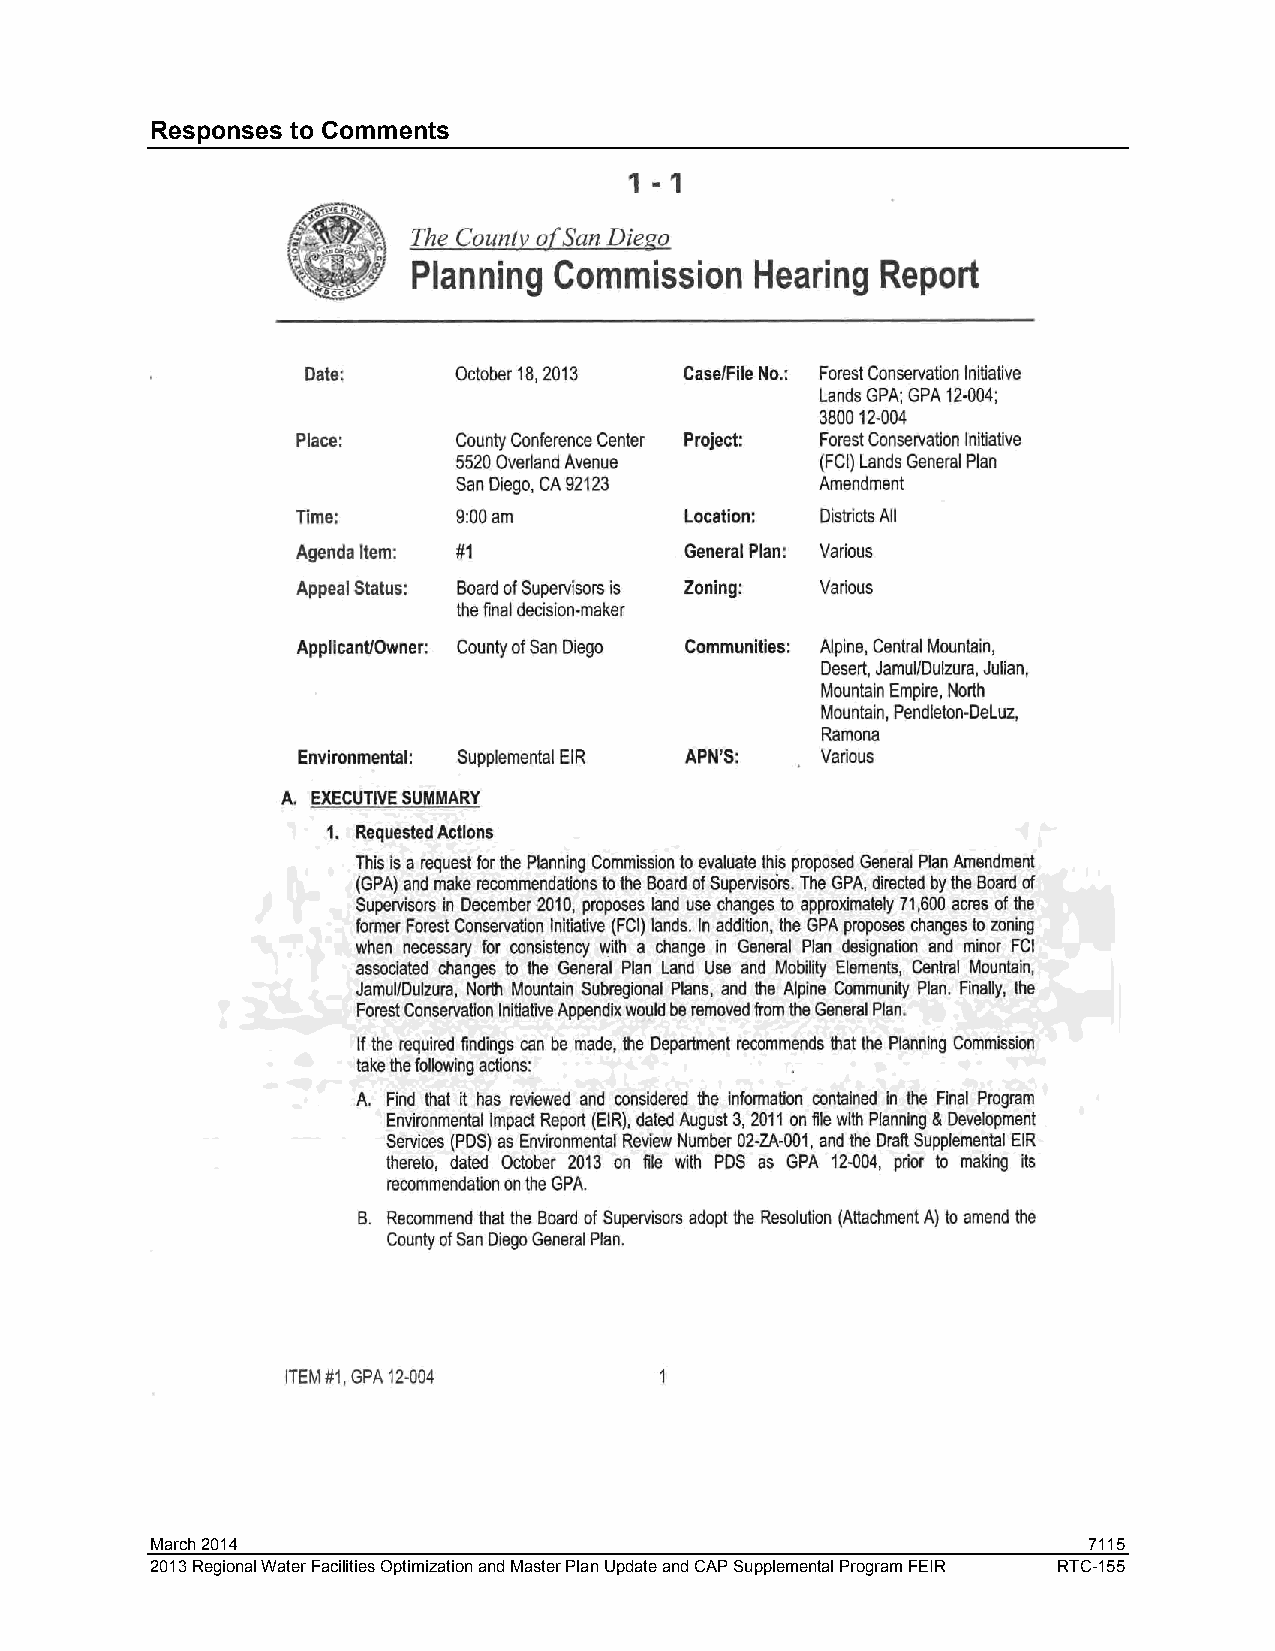
Responses to Comments
 March 2014                                                    7115
 2013 Regional Water Facilities Optimization and Master Plan Update and CAP Supplemental Program FEIR RTC-155